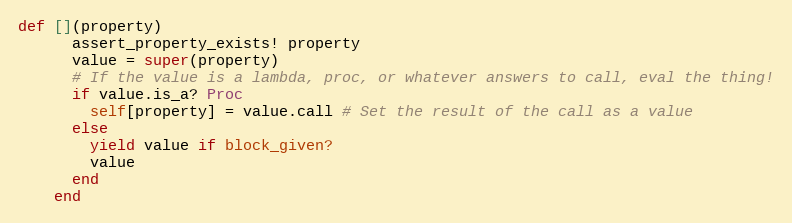
Language: Ruby
def [](property)
      assert_property_exists! property
      value = super(property)
      # If the value is a lambda, proc, or whatever answers to call, eval the thing!
      if value.is_a? Proc
        self[property] = value.call # Set the result of the call as a value
      else
        yield value if block_given?
        value
      end
    end